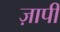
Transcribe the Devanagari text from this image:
ज़ापी